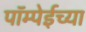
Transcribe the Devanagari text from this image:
पॉम्पेईच्या